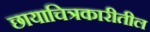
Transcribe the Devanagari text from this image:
छायाचित्रकारीतील